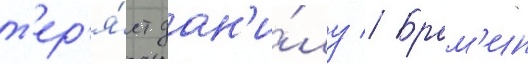
т'ер'я́ет дан'и́лу // Брам'ин